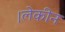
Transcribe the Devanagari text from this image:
।लेकीन